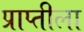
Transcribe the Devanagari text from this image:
प्राप्तीला